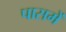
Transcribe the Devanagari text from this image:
पासमें